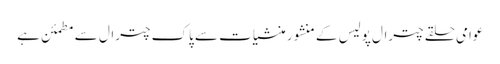
عوامی حلقے چترال پولیس کے منشور منشیات سے پاک چترال سے مطمئن ہے